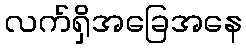
လက်ရှိအခြေအနေ